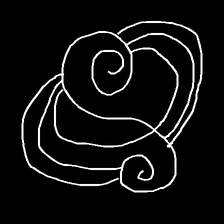
Glyph: wind-underfoot